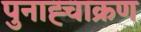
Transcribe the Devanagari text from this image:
पुनाह्चाक्रण